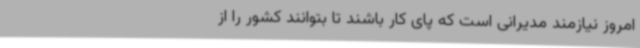
امروز نیازمند مدیرانی است که پای کار باشند تا بتوانند کشور را از